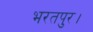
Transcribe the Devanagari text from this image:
भरतपुर।